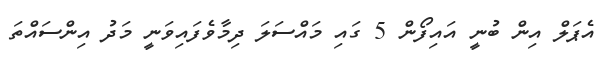
އެޕަލް އިން ބުނީ އައިފޯން 5 ގައި މައްސަލަ ދިމާވެފައިވަނީ މަދު އިންސައްތަ